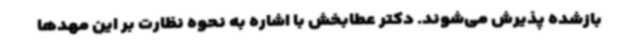
بازشده پذیرش می‌شوند. دکتر عطابخش با اشاره به نحوه نظارت بر این مهدها